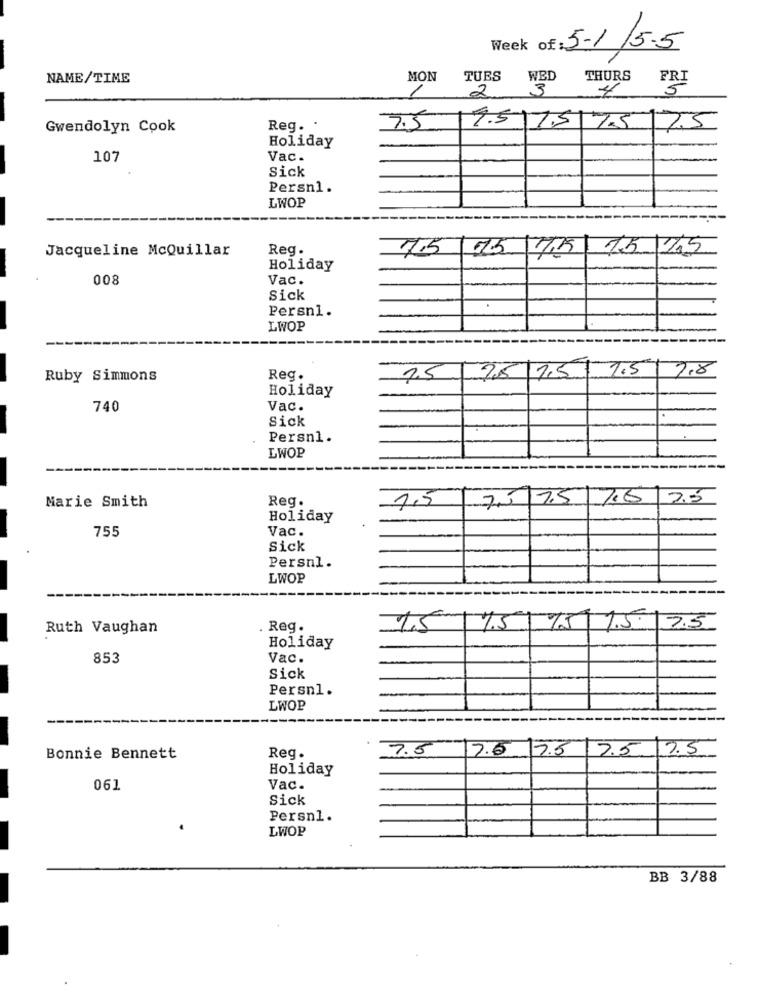
Week of
5-1/5.5
NAME/TIME
MON
TUES
WED
THURS
FRI
2
3
5
7.5
Gwendolyn Cook
Reg. .
7.5 751 75 7.5
Holiday
107
Vac.
Sick
Persn1.
LWOP
Jacqueline McQuillar
Reg.
7.5 75 75 15 15
Holiday
008
Vac.
Sick
Persni.
LWOP
7.5 7,5 7,5 7.5
7.8
Ruby Simmons
Reg.
Holiday
740
Vac.
Sick
Persn1.
LWOP
Reg.
7,5 7.5 7.6 7.5
Marie Smith
1,5
Holiday
755
Vac.
Sick
Persnl.
LWOP
Ruth Vaughan
. Reg.
1,5
17.5
175 15 2.5
Holiday
853
Vac.
Sick
Persn1.
LWOP
7.5
17.6
7.5
7.5
17.5
Bonnie Bennett
Reg.
Holiday
061
Vac.
Sick
Persnl.
LWOP
BB 3/88